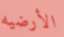
الأرضيه